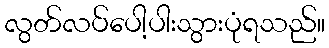
လွတ်လပ်ပေါ့ပါးသွားပုံရသည်။